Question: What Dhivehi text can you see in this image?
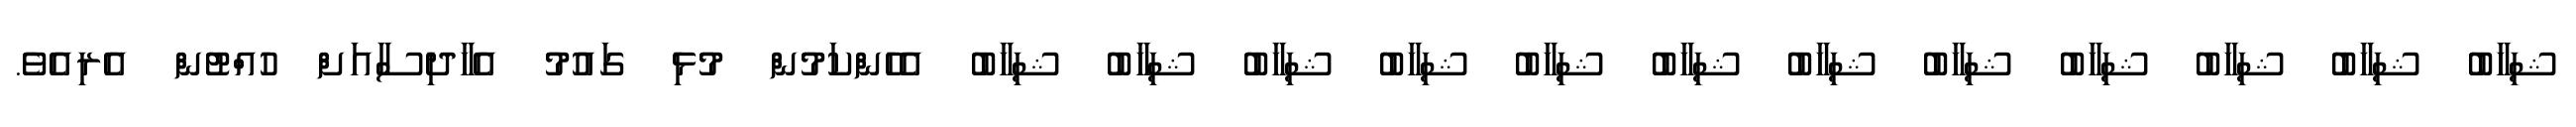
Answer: ޝިހާބު ޝިހާބު ޝިހާބު ޝިހާބު ޝިހާބު ޝިހާބު ޝިހާބު ޝިހާބު ޝިހާބު ޝިހާބު ޝިހާބު ޝިހާބު އެހެންކަމުން މުޅި ގައުމު އެހާދިސާއަށް ހުއްޓުން އެރިއެވެ.